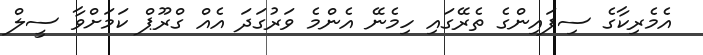
އެމެރިކާގެ ސިފައިންގެ ތެރޭގައި ހިމެނޭ އެންމެ ވަރުގަދަ އެއް ގްރޫޕް ކަމަށްވާ ސީލް